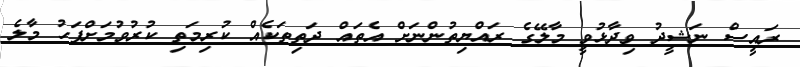
ރައީސް ނަޝީދު ވިދާޅުވީ މާލޭގެ ރައްޔިތުންނަށް އެތައް ދަތިތަކެއް ކުރިމަތި ކުރުވުމަށްފަހު މާލެ